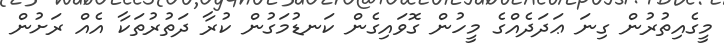
މީގެއިތުރުން ގިނަ ޢަދަދެއްގެ މީހުން ގޮވައިގެން ކަނޑުމަގުން ކުރާ ދަތުރުތަކާ އެއް ރަށުން